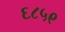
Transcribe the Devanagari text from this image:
६८५९